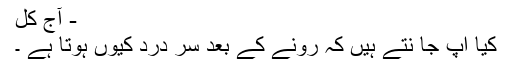
- آج کل
کیا آپ جا نتے ہیں کہ رونے کے بعد سر درد کیوں ہوتا ہے ۔